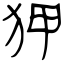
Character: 狎